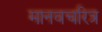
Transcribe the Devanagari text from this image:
मानवचरित्र